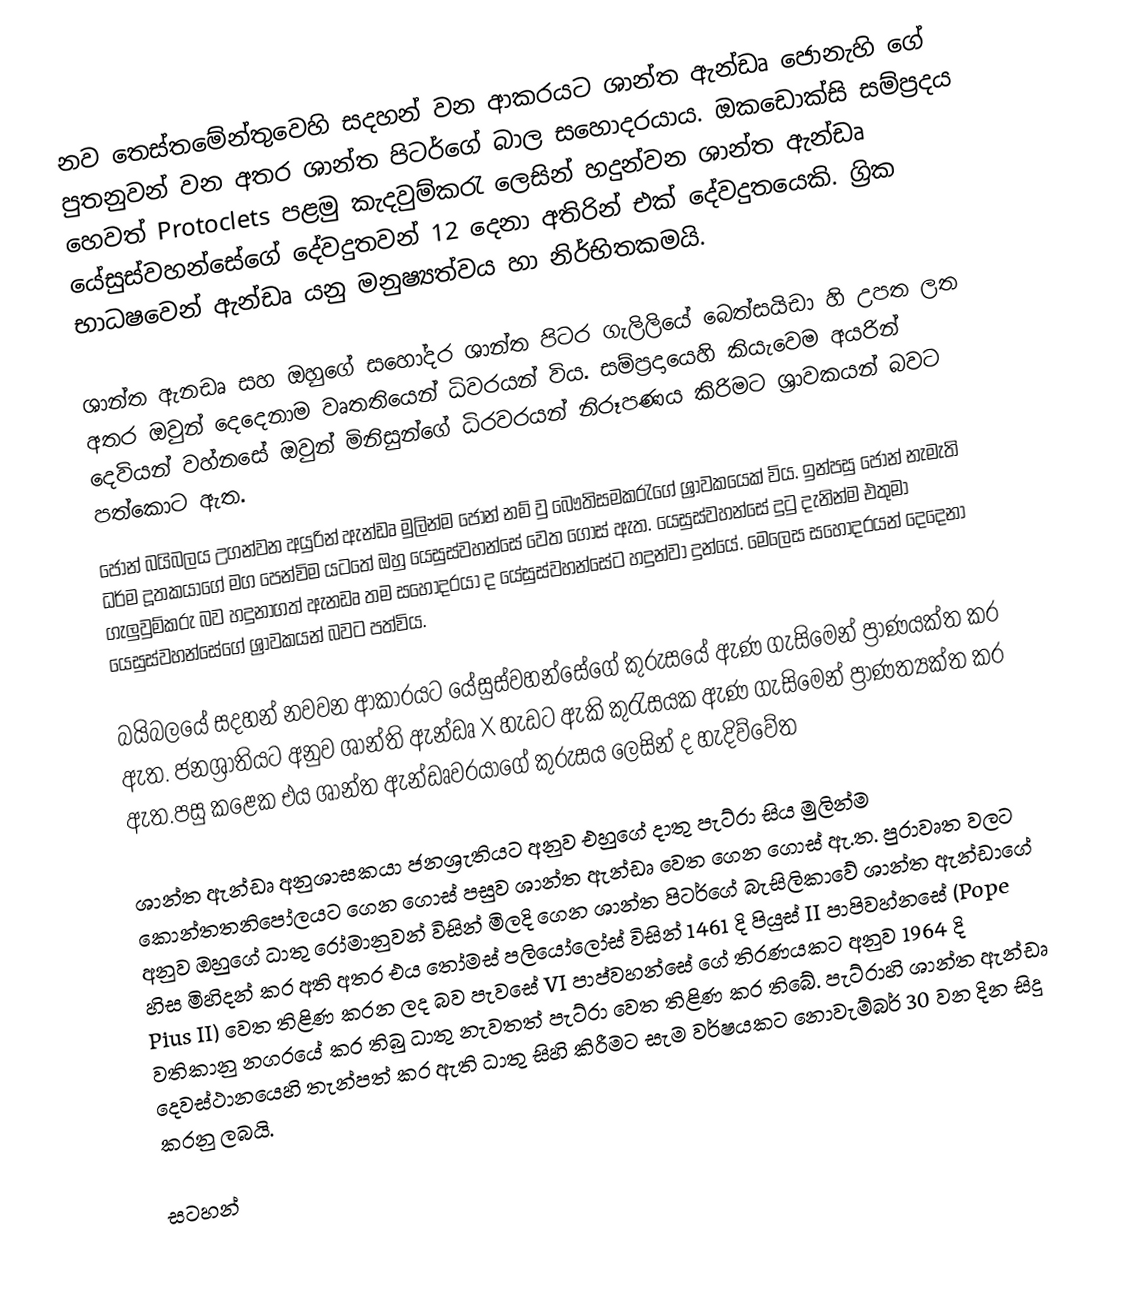
නව තෙස්තමේන්තුවෙහි සදහන් වන ආකරයට ශාන්ත ඇන්ඩෘ ජොනැහි ගේ පුතනුවන් වන අතර ශාන්ත පිටර්ගේ බාල සහොදරයාය. ඔකඩොක්සි සම්ප්‍ර‍දය හෙවත් Protoclets  පළමු කැදවුම්කරැ ලෙසින් හදුන්වන ශාන්ත ඇන්ඩෘ යේසුස්වහන්සේගේ දේවදුතවන් 12 දෙනා අතිරින් එක් දේවදුතයෙකි. ග්‍රික භාධෂවෙන් ඇන්ඩෘ යනු මනුෂ්‍යත්වය හා නිර්භිතකමයි.

ශාන්ත ඇනඩෘ සහ ඔහුගේ සහෝදර ශාන්ත පිටර ගැලිලියේ බෙත්සයිඩා හි උපත ලත අතර ඔවුන් දෙදෙනාම වෘතතියෙන් ධිවරයන් විය. සම්ප්‍රදායෙහි කියැවෙම අයරින් දෙවියන් වහ්නසේ ඔවුන් මිනිසුන්ගේ ධිරවරයන් නිරූපණය කිරිමට ශ්‍රාවකයන් බවට පත්කොට ඇත.
ජෝන් බයිබලය උගන්වන අයුරින් ඇන්ඩෘ මුලින්ම ජොන් නම් වු බෞතිසමකරැගේ ශ්‍රාවකයෙක් විය. ඉන්පසු ජොන් නැමැති ධර්ම දූතකයාගේ මග පෙන්විම යටතේ ඔහු යෙසුස්වහන්සේ වෙත ගොස් ඇත. යෙසුස්වහන්සේ දුටු දැනින්ම එතුමා ගැලුවුම්කරු බව හදුනාගත් ඇනඩෘ තම ‍සහෝදරයා ද යේසුස්වහන්සේට හදුන්වා දුන්යේ. මෙලෙස සහෝදරයන් දෙදෙනා යෙසුස්වහන්සේගේ ශ්‍රාවකයන් බවට පත්විය.

බයිබලයේ සදහන් නවවන ආකාරයට යේසුස්වහන්‍සේගේ කුරුසයේ ඇණ ගැසිමෙන් ප්‍රාණයක්ත කර ඇත. ජනශ්‍රාතියට අනුව ශාන්ති ඇන්ඩෘ X හැඩට ඇකි කුරැසයක ඇණ ගැසිමෙන් ප්‍රාණත්‍යක්ත කර ඇත.පසු කළෙක එය ශාන්ත ඇන්ඩෘවරයාගේ කුරුසය ලෙසින් ද හැදිව්වේත

ශාන්ත ඇන්ඩෘ අනුශාසකයා ජනශ්‍රැතියට අනුව එහුගේ දාතු පැට්රා සිය මුලින්ම කොන්තතනිපෝලයට ගෙන ගොස් පසුව ශාන්ත ඇන්ඩෘ වෙත ගෙන ගොස් ඇ.ත. පුරාවෘත වලට අනුව ඔහුගේ ධාතු රෝමානුවන් විසින් මිලදි ගෙන ශාන්ත පිටර්ගේ බැසිලිකාවේ ශාන්ත ඇන්ඩාගේ හිස මිහිදන් කර අති අතර එය තෝමස් පලියෝලෝස් විසින් 1461 දි පියුස් II පාපිවහ්නසේ  (Pope Pius II) වෙත තිළිණ කරන ලද බව පැවසේ VI පාප්වහන්සේ ගේ තිරණයකට අනුව 1964 දි වතිකානු නගරයේ කර තිබු ධාතු නැවතත් පැට්රා වෙත තිළිණ කර තිබේ. පැට්රාහි ශාන්ත ඇන්ඩෘ දෙවස්ථානයෙහි තැන්පත් කර ඇති ධාතු සිහි කිරීමට සැම වර්ෂයකට නොවැම්බර් 30 වන දින සිදු කරනු ලබයි.

සටහන්